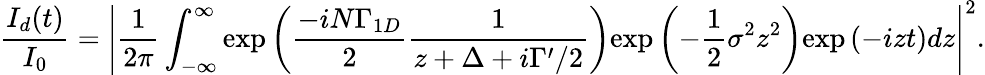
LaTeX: \frac{I_{d}(t)}{I_{0}}=\left|\frac{1}{2\pi}\int_{-\infty}^{\infty}\mathrm{exp}\left(\frac{-iN\Gamma_{1D}}{2}\frac{1}{z+\Delta+i\Gamma^{\prime}/2}\right)\mathrm{exp}\left(-\frac{1}{2}\sigma^{2}z^{2}\right)\mathrm{exp}\left(-izt\right)dz\right|^{2}.